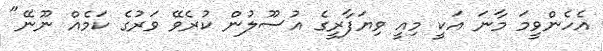
އެހެންވީމަ މާނަ އަކީ މިއީ ވިޔަފާރީގެ އުސޫލުން ކުރެވޭ ވަރުގެ ކަމެއް ނޫނޭ"